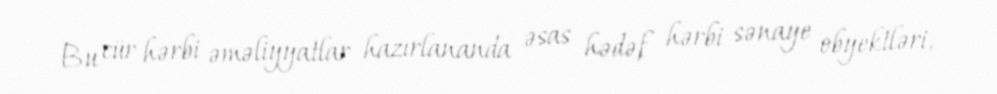
Bu cür hərbi əməliyyatlar hazırlananda əsas hədəf hərbi sənaye obyektləri,